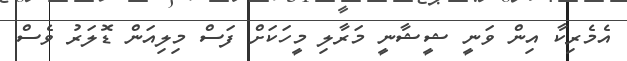
އެމެރިކާ އިން ވަނީ ޝީޝާނީ މަރާލި މީހަކަށް ފަސް މިލިއަން ޑޮލަރު ވެސް